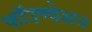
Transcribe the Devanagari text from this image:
फॉउण्देशन